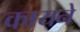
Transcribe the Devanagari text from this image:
कायने